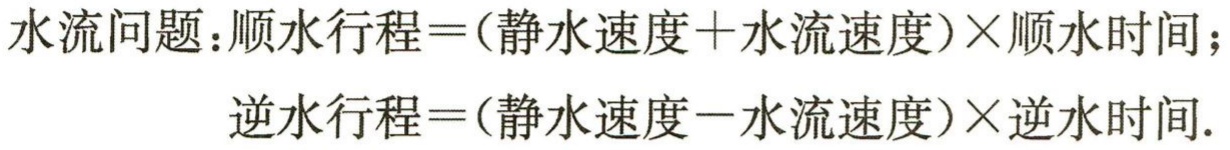
水流问题：顺水行程\(=(\)静水速度\(+\)水流速度\()\times\)顺水时间；

逆水行程\(=(\)静水速度\(-\)水流速度\()\times\)逆水时间.